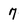
Character: 7